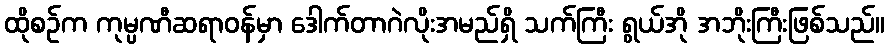
ထိုစဉ်က ကုမ္ပဏီဆရာဝန်မှာ ဒေါက်တာဂဲလိုးအမည်ရှိ သက်ကြီး ရွယ်အို အဘိုးကြီးဖြစ်သည်။